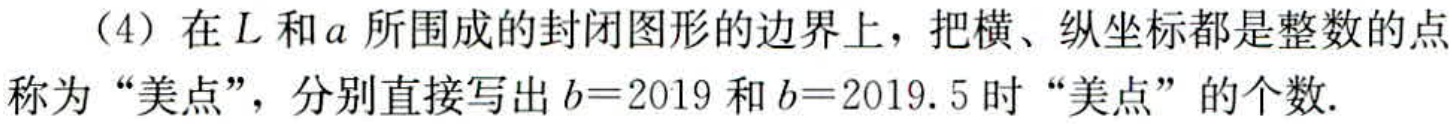
（4）在\(L\)和\(a\)所围成的封闭图形的边界上，把横、纵坐标都是整数的点称为“美点”，分别直接写出\(b = 2019\)和\(b = 2019.5\)时“美点”的个数.